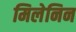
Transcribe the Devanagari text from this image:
मिलेनिन